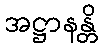
အဋ္ဌာနန္တိ